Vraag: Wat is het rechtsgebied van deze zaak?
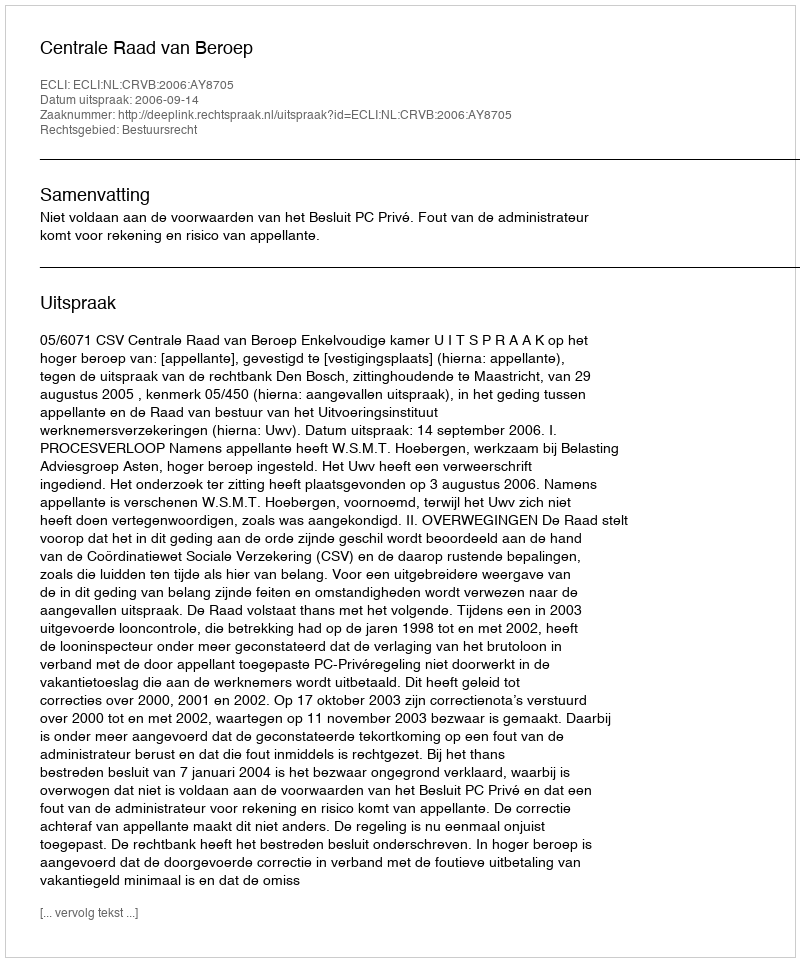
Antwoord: Bestuursrecht